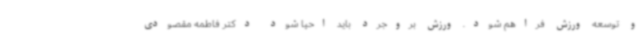
و توسعه ورزش فراهم شود. ورزش بروجرد باید احیا شود دکتر فاطمه مقصودی